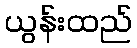
ယွန်းထည်